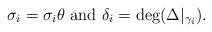
LaTeX: \begin{align*}\sigma_i = \sigma_i \theta \mbox{ and } \delta_i = \deg(\Delta|_{\gamma_i}).\end{align*}